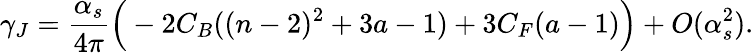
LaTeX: \gamma_{J}=\frac{\alpha_{s}}{4\pi}\Big(-2C_{B}((n-2)^{2}+3a-1)+3C_{F}(a-1)\Big)+O(\alpha_{s}^{2}).